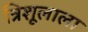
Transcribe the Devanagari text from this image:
त्रिशूलाला